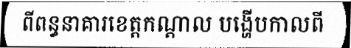
ពីពន្ធនាគារខេត្តកណ្តាល បង្ហើបកាលពី